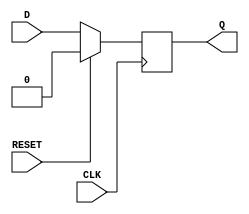
module synchronous_register (
    input wire D,          // Data input
    input wire CLK,        // Clock input
    input wire RESET,      // Synchronous reset input
    output reg Q           // Data output
);

    // On the rising edge of the clock or upon reset
    always @(posedge CLK) begin
        if (RESET) begin
            Q <= 1'b0;     // Reset the output to 0
        end else begin
            Q <= D;        // Capture the data input
        end
    end

endmodule